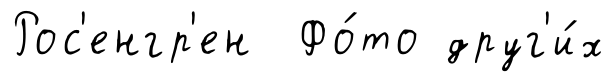
Рос'енгр'ен Фо́то друг'и́х